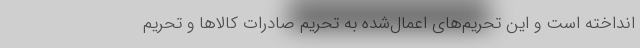
انداخته است و این تحریم‌های اعمال‌شده به تحریم صادرات کالاها و تحریم